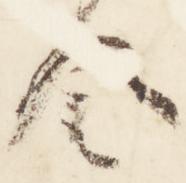
令